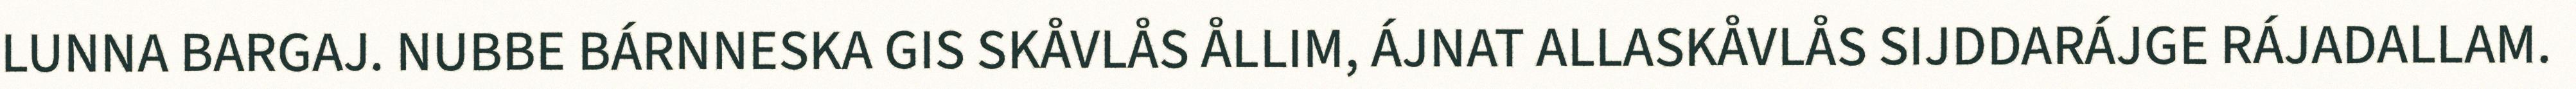
LUNNA BARGAJ. NUBBE BÁRNNESKA GIS SKÅVLÅS ÅLLIM, ÁJNAT ALLASKÅVLÅS SIJDDARÁJGE RÁJADALLAM.